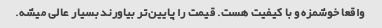
واقعا خوشمزه و با کیفیت هست. قیمت را پایین‌تر بیاورند بسیار عالی میشه.